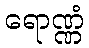
ရောဏ္ဏံ